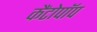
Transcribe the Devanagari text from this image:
कैंटोपॉप